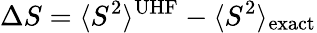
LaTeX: \Delta S=\langle S^{2}\rangle^{\mathrm{UHF}}-\langle S^{2}\rangle_{\mathrm{exact}}